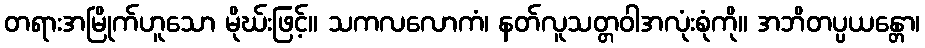
တရားအမြိုက်ဟူသော မိုဃ်းဖြင့်။ သကလလောကံ၊ နတ်လူသတ္တဝါအလုံးစုံကို။ အဘိတပ္ပယန္တော၊